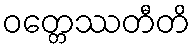
ဝတ္တေဿတီတိ